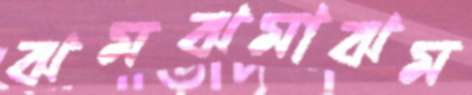
ঝমঝমাঝম